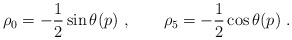
\begin{align*}\rho_0= -\frac{1}{2}\sin \theta(p) \ , \qquad \rho_5=-\frac{1}{2}\cos \theta(p) \ .\end{align*}